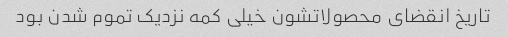
تاریخ انقضای محصولاتشون خیلی کمه نزدیک تموم شدن بود